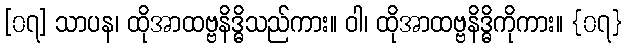
[၀၇] သာပန၊ ထိုအာထဗ္ဗနိဒ္ဓိသည်ကား။ ဝါ၊ ထိုအာထဗ္ဗနိဒ္ဓိကိုကား။ {၀၇}